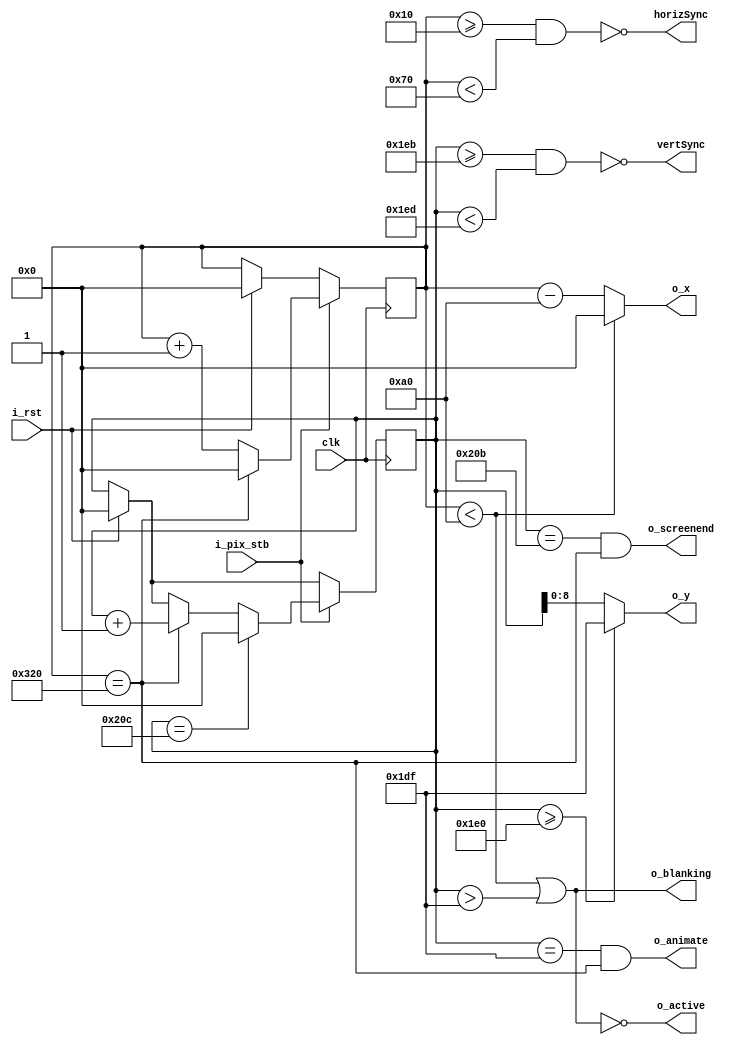
module vga(input wire clk, input wire i_pix_stb, input wire i_rst,         
            output wire horizSync, output wire vertSync, output wire o_blanking,
            output wire o_active, output wire o_screenend, output wire o_animate,
            output wire [9:0] o_x, output wire [8:0] o_y);

    localparam HS_STA = 16;
    localparam HS_END = 16 + 96;
    localparam HA_STA = 16 + 96 + 48;
    localparam VS_STA = 480 + 11;
    localparam VS_END = 480 + 11 + 2;
    localparam VA_END = 480;
    localparam LINE   = 800;
    localparam SCREEN = 524;

    reg [9:0] HorizCount;
    reg [9:0] vertCount;

    assign horizSync = ~((HorizCount >= HS_STA) & (HorizCount < HS_END));
    assign vertSync = ~((vertCount >= VS_STA) & (vertCount < VS_END));
    assign o_x = (HorizCount < HA_STA) ? 0 : (HorizCount - HA_STA);
    assign o_y = (vertCount >= VA_END) ? (VA_END - 1) : (vertCount);
    assign o_blanking = ((HorizCount < HA_STA) | (vertCount > VA_END - 1));
    assign o_active = ~((HorizCount < HA_STA) | (vertCount > VA_END - 1));
    assign o_screenend = ((vertCount == SCREEN - 1) & (HorizCount == LINE));
    assign o_animate = ((vertCount == VA_END - 1) & (HorizCount == LINE));

    always @ (posedge clk)
    begin
        if (i_rst)
        begin
            HorizCount <= 0;
            vertCount <= 0;
        end
        if (i_pix_stb)
        begin
            if (HorizCount == LINE)
            begin
                HorizCount <= 0;
                vertCount <= vertCount + 1;
            end
            else
                HorizCount <= HorizCount + 1;
            if (vertCount == SCREEN)
                vertCount <= 0;
        end
    end
endmodule